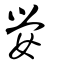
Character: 嫈